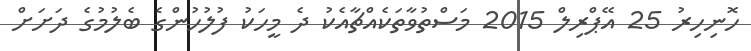
ހޮނިހިރު 25 އޭޕްރިލް 2015 މަސްތުވާތަކެއްޗާއެކު ދެ މީހަކު ފުލުހުންގެ ބެލުމުގެ ދަށަށް